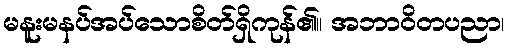
မနူးမနပ်အပ်သောစိတ်ရှိကုန်၏။ အဘာဝိတပညာ၊